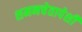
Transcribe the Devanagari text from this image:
शमनचेतापेशी